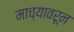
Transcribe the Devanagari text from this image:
माच्यावरून